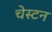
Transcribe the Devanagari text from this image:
चेस्टन